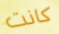
كانت